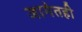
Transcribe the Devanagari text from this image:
जागेतही